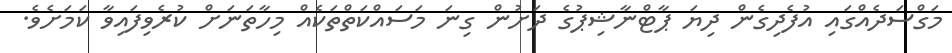
މަގްސަދެއްގައި އުފެދިގެން ދިޔަ ޕާޓްނާޝިިޕުގެ ދަށުން ގިނަ މަސައްކަތްތަކެއް މިހާތަނަށް ކުރެވިފައިވާ ކަމަށެވެ.